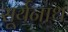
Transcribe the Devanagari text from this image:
सूर्यनाथ